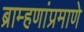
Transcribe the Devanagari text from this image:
ब्राम्हणांप्रमाणे